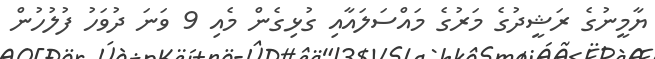
ޔާމީނުގެ ރަޝީދުގެ މަރުގެ މައްސަލައާއި ގުޅިގެން މެއި 9 ވަނަ ދުވަހު ފުލުހުން